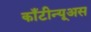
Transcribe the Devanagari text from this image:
काँटीन्यूअस